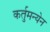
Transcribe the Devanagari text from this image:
कर्तुमन्येन